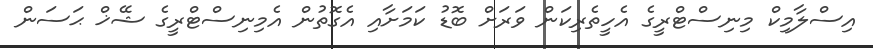
އިސްލާމިކް މިނިސްޓްރީގެ އެހީތެރިކަން ވަރަށް ބޮޑު ކަމަށާއި އެގޮތުން އެމިނިސްޓްރީގެ ޝޭޚް ޙަސަން